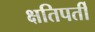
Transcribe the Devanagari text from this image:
क्षतिपर्ती